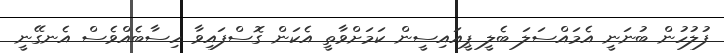
ފުލުުހުން ބުނަނީ އެމައްސަލަ ބެލީ ޕީއައިސީން ކަމަށްވާތީ އެކަން ގޮސްފައިވާ ހިސާބެއްވެސް އެނގޭނީ